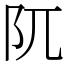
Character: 阢